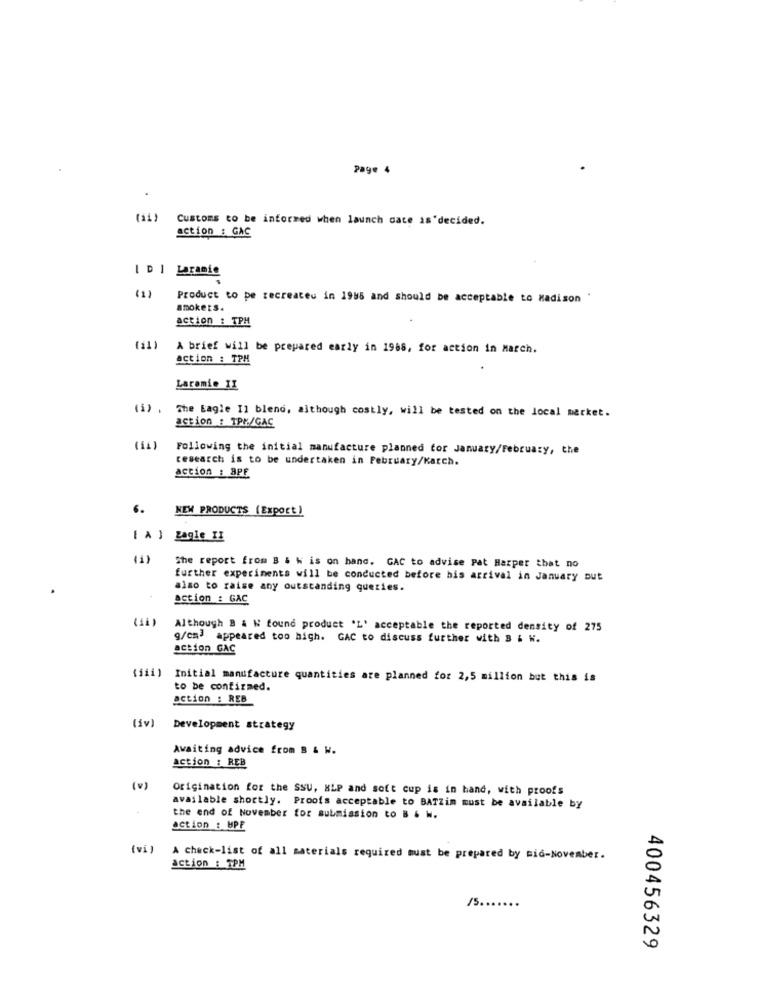
Page 4
(31)
Customs to be informed when launch date is'decided.
action : GAC
I DI Laramie
(1)
Product to pe recreates in 1985 and should be acceptable to Madison
smokers.
action : TPH
A brief will be prepared early in 1988, for action in March.
action : TPH
Laramie II
(1) .
The Eagle Il blend, although costly, will be tested on the local market.
action : TPM/GAC
(IL)
Following the initial manufacture planned for January/February, the
research is to be undertaken in February/Karch.
action : BPE
6. NEW PRODUCTS (Export )
[ A ] Zagle II
She report from B & W is on hand. GAC to advise Pat Harper that no
further experiments will be conducted before his arrival in January but
also to raise any outstanding queries.
action : GAC
(11)
Although B & N found product 'L' acceptable the reported density of 275
g/cm] appeared too high. GAC to discuss further with B & W.
action GAC
Initial manufacture quantities are planned for 2,5 million but this is
to be confirmed.
action : REB
(iv)
Development strategy
Awaiting advice from B & W.
action : REB
(v)
Origination for the SSU, HLP and soft cup is in hand, with proofs
available shortly. Proofs acceptable to BATZim must be available by
the end of November for submission to B & W.
action : UPE
(vi )
A check-list of all materials required must be prepared by mid-November.
action : 7PM
/5 .......
400456329